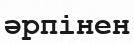
әрпінен